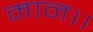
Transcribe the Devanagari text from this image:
मान।।